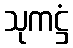
သုကဋ္ဌံ